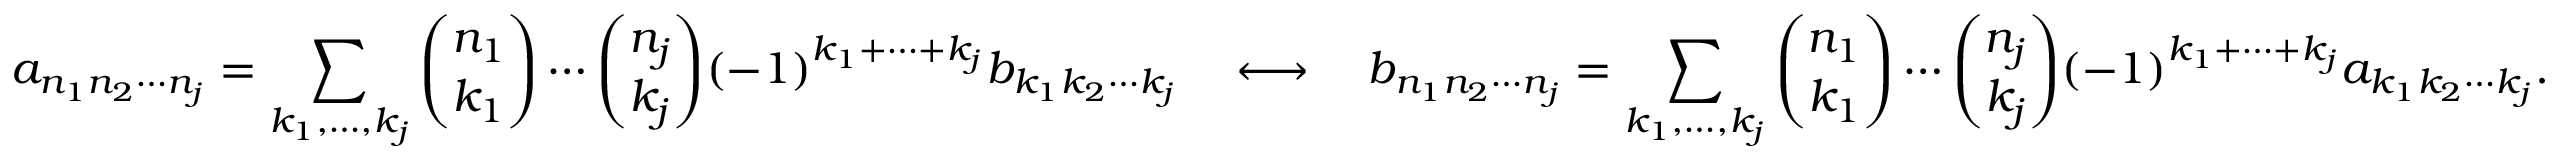
a _ { n _ { 1 } n _ { 2 } \cdots n _ { j } } = \sum _ { k _ { 1 } , \ldots , k _ { j } } { \binom { n _ { 1 } } { k _ { 1 } } } \cdots { \binom { n _ { j } } { k _ { j } } } ( - 1 ) ^ { k _ { 1 } + \cdots + k _ { j } } b _ { k _ { 1 } k _ { 2 } \cdots k _ { j } } \quad \longleftrightarrow \quad b _ { n _ { 1 } n _ { 2 } \cdots n _ { j } } = \sum _ { k _ { 1 } , \ldots , k _ { j } } { \binom { n _ { 1 } } { k _ { 1 } } } \cdots { \binom { n _ { j } } { k _ { j } } } ( - 1 ) ^ { k _ { 1 } + \cdots + k _ { j } } a _ { k _ { 1 } k _ { 2 } \cdots k _ { j } } .